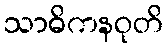
သာဓိကနဝုတိ